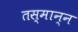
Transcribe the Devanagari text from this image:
तस्मान्न